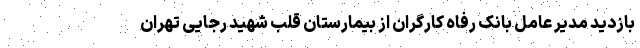
بازدید مدیر عامل بانک رفاه کارگران از بیمارستان قلب شهید رجایی تهران